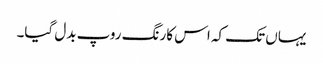
یہاں تک کہ اس کارنگ روپ بدل گیا۔